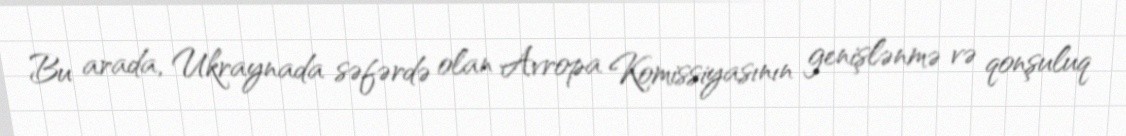
Bu arada, Ukraynada səfərdə olan Avropa Komissiyasının genişlənmə və qonşuluq